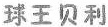
球王贝利